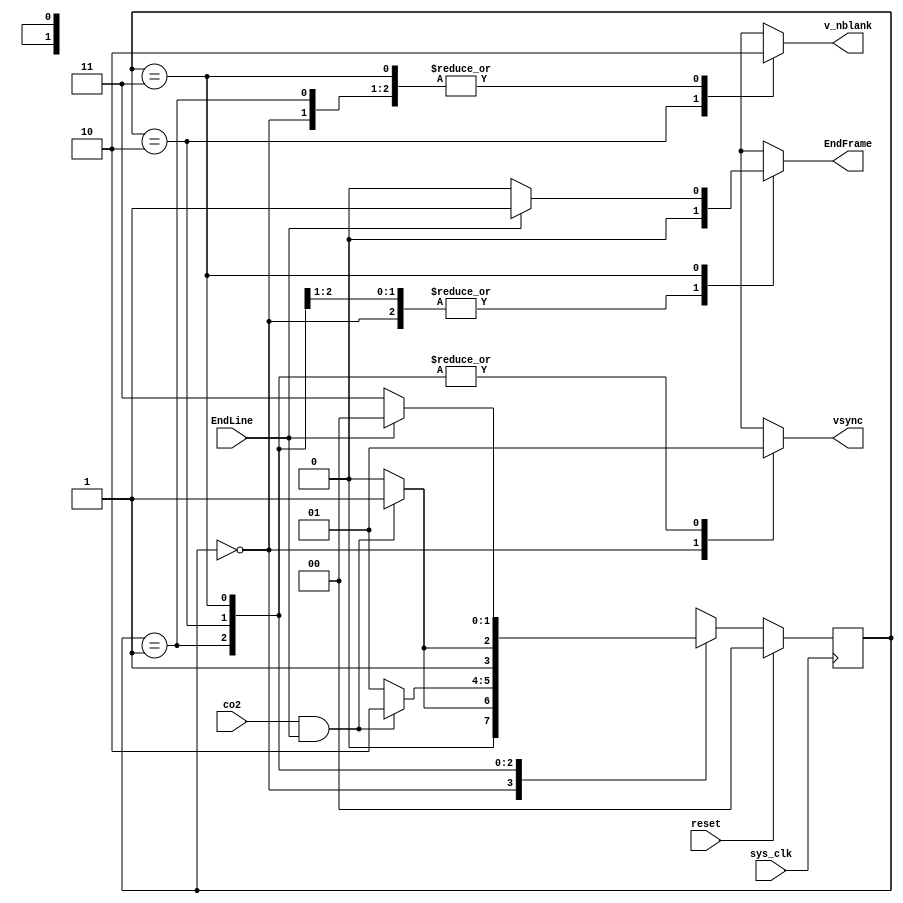
module v_control(sys_clk,reset,co2,EndLine,v_nblank,vsync,EndFrame );

	input sys_clk,reset,co2,EndLine;
	output reg v_nblank,EndFrame,vsync;
	
	reg[1:0] state,next_state;
	
	parameter Vsynch = 2'b00;
	parameter Vbp    = 2'b01;
	parameter Vactice= 2'b10;
	parameter Vfp    = 2'b11;
	
	always @(posedge sys_clk)
	begin 
		if(reset) state <= Vsynch;
		else state <= next_state;
	end
	
	always @(*)
	begin
		case(state)
		Vsynch:
			begin
				vsync<=0;v_nblank<=0;EndFrame<=0;
				if(co2&&EndLine) next_state <= Vbp;
				else next_state <= Vsynch;
			end
		Vbp:
			begin
				vsync<=1;v_nblank<=0;EndFrame<=0;
				if(co2&&EndLine) next_state <= Vactice;
				else next_state <= Vbp;
			end
		Vactice:
			begin
				vsync<=1;v_nblank<=1;EndFrame<=0;
				if(co2&&EndLine) next_state <= Vfp;
				else next_state <= Vactice;
			end
		Vfp:
			begin
				vsync<=1;v_nblank<=0;
				if(EndLine) begin EndFrame<=1;next_state<=Vsynch; end
				else begin EndFrame<=0;next_state<=Vfp; end
			end
		endcase
	end
endmodule